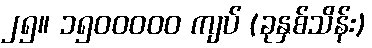
၂၅။ ၁၅၀၀၀၀၀ ကျပ် (ခုနှစ်သိန်း)